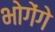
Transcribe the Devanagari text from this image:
भोगेंगे